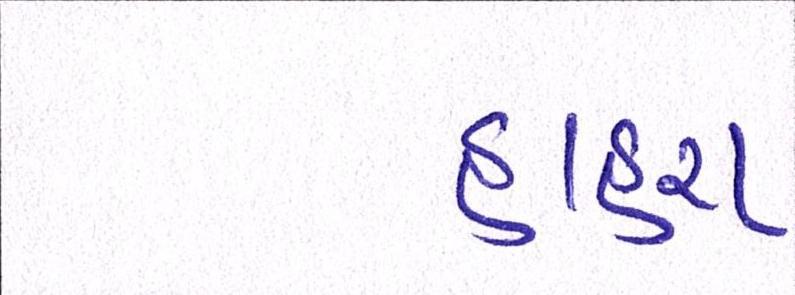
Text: હાહરા